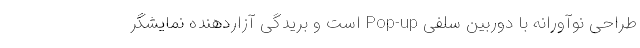
طراحی نوآورانه با دوربین سلفی Pop-up است و بریدگی آزاردهنده نمایشگر